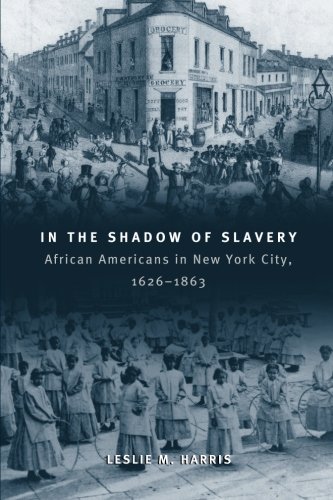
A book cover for In the Shadow of Slavery: African Americans in New York City, 1626-1863 (Historical Studies of Urban America); Leslie M. Harris; History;